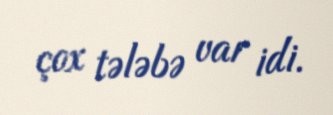
çox tələbə var idi.